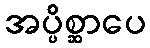
အပ္ပိစ္ဆာပေ